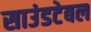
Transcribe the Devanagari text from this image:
साउंडटेबल